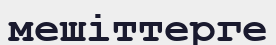
мешіттерге